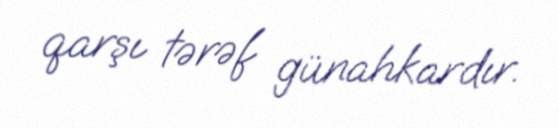
qarşı tərəf günahkardır.